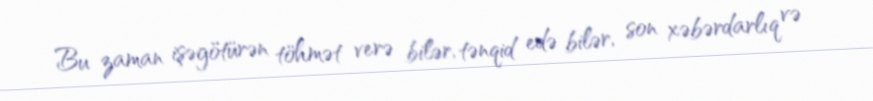
Bu zaman işəgötürən töhmət verə bilər, tənqid edə bilər, son xəbərdarlıq və